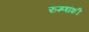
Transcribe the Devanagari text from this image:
रुग्णांशी